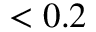
< 0 . 2